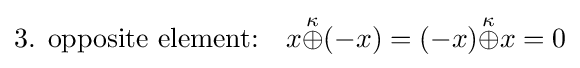
{\text{3. opposite element:}}\quad x{\stackrel {\kappa }{\oplus }}(-x)=(-x){\stackrel {\kappa }{\oplus }}x=0